Insane asylums in Bengal annual reports 1867-1875 - 1867-1875
Year: 1867
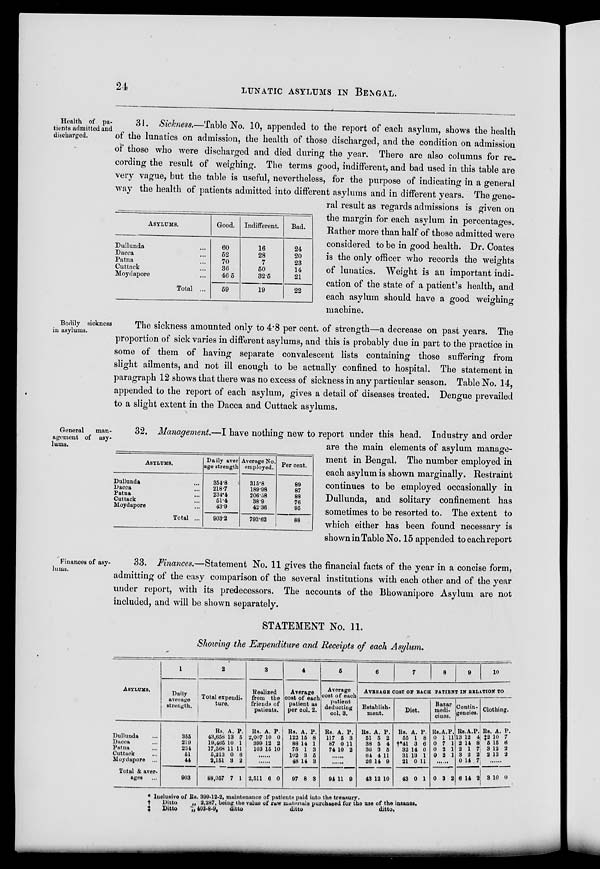
24
LUNATIC ASYLUMS IN BENGAL.
Health of pa-
tients admitted and
discharged.
31. Sickness.—Table No. 10, appended to the report of each asylum, shows the health
of the lunatics on admission, the health of those discharged, and the condition on admission
of those who were discharged and died during the year. There are also columns for re-
cording the result of weighing. The terms good, indifferent, and bad used in this table are
very vague, but the table is useful, nevertheless, for the purpose of indicating in a general
way the health of patients admitted into different asylums and in different years. The gene-
ral result as regards admissions is given on
the margin for each asylum in percentages.
Rather more than half of those admitted were
considered to be in good health. Dr. Coates
is the only officer who records the weights
of lunatics. Weight is an important indi-
cation of the state of a patient's health, and
each asylum should have a good weighing
machine.
ASYLUMS.
Dullunda ...
Dacca ...
Patna ...
Cuttack ...
Moydapore ...
Total ...
Good.
60
52
70
36
46.5
59
Indifferent.
16
28
7
50
32.5
19
Bad.
24
20
23
14
21
22
Bodily sickness
in asylums.
The sickness amounted only to 4.8 per cent. of strength—a decrease on past years. The
proportion of sick varies in different asylums, and this is probably due in part to the practice in
some of them of having separate convalescent lists containing those suffering from
slight ailments, and not ill enough to be actually confined to hospital. The statement in
paragraph 12 shows that there was no excess of sickness in any particular season. Table No. 14,
appended to the report of each asylum, gives a detail of diseases treated. Dengue prevailed
to a slight extent in the Dacca and Cuttack asylums.
General
man-
agement of asy-
lums.
ASYLUMS.
Dullunda ...
Dacca ...
Patna ...
Cuttack ...
Moydapore ...
Total ...
Daily aver
age strength
354.8
218.7
234.4
51.4
43.9
903.2
Average No.
employed.
315.8
189.98
206.58
38.9
42.36
793.62
Per cent.
89
87
88
76
95
88
32. Management.—I have nothing new to report under this head. Industry and order
are the main elements of asylum manage-
ment in Bengal. The number employed in
each asylum is shown marginally. Restraint
continues to be employed occasionally in
Dullunda, and solitary confinement has
sometimes to be resorted to. The extent to
which either has been found necessary is
shown in Table No. 15 appended to each report
Finances of asy-
lums.
33. Finances.—Statement No. 11 gives the financial facts of the year in a concise form,
admitting of the easy comparison of the several institutions with each other and of the year
under report, with its predecessors. The accounts of the Bhowanipore Asylum are not
included, and will be shown separately.
STATEMENT No. 11.
Showing the Expenditure and Receipts of each Asylum.
ASYLUMS.
Dullunda ...
Dacca ...
Patna ...
Cuttack
...
Moydapore ...
Total & aver-
ages ...
1
Daily
average
strength.
355
219
234
61
44
903
2
Total expendi-
ture.
Rs.
43,658
19,465
17,568
5,213
2,161
88,057
A.
13
10
11
0
3
7
P.
5
1
11
6
2
1
3
Realized
from the
friends of
patients.
Rs.
2,007
399
103
A.
10
12
15
P.
0
2
10
......
......
2,511 6 0
4
Average
cost of each
patient as
per col. 2.
Rs.
122
88
75
102
48
97
A.
15
14
1
3
14
8
P.
8
1
3
5
3
3
5
Average
cost of each
patient
deducting
col. 3.
Rs.
117
87
74
A.
5
0
10
P.
3
11
2
......
......
94 11 9
6
7
8
9
10
AVERAGE COST OF RACH PATIENT IN RELATION TO
Establish-
ment.
Rs.
51
38
36
64
26
43
A.
5
5
3
4
14
12
P.
2
4
5
11
9
10
Diet.
Rs.
55
†*41
32
31
21
43
A.
1
3
14
13
0
0
P.
8
6
0
1
11
1
Bazar
medi-
cines.
Rs
0
0
0
0
A.
1
7
2
2
P.
11
1
1
1
......
0 3 2
Contin-
gencies.
Rs.
13
2
2
2
0
6
A.
12
14
1
2
14
14
P.
4
8
7
2
7
2
Clothing.
Rs.
‡2
5
3
2
A.
10
15
12
13
P.
7
6
2
2
......
3
10 0
*
†
‡
Inclusive of Rs
Ditto
„
Ditto
„
399-12-2, maintenance of patients paid into the treasury.
2,287, being the value of raw materials purchased tor the use of the insanes.
403-8-9,
ditto
ditto
ditto